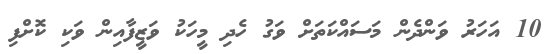
10 އަހަރު ވަންދެން މަސައްކަަތަށް ވަގު ހެެދި މީހަކު ވަޒީފާއިން ވަކި ކޮށްފި